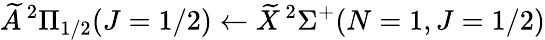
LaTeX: \widetilde{A}\, ^{2}\Pi_{1/2}(J=1/2)\leftarrow\widetilde{X}\, ^{2}\Sigma^{+}(N=1,J=1/2)